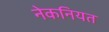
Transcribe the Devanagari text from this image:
नेकनियत